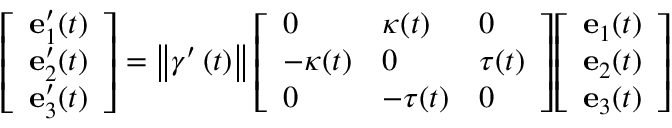
{ \left[ \begin{array} { l } { \mathbf { e } _ { 1 } ^ { \prime } ( t ) } \\ { \mathbf { e } _ { 2 } ^ { \prime } ( t ) } \\ { \mathbf { e } _ { 3 } ^ { \prime } ( t ) } \end{array} \right] } = \left\Vert \gamma ^ { \prime } \left( t \right) \right\Vert { \left[ \begin{array} { l l l } { 0 } & { \kappa ( t ) } & { 0 } \\ { - \kappa ( t ) } & { 0 } & { \tau ( t ) } \\ { 0 } & { - \tau ( t ) } & { 0 } \end{array} \right] } { \left[ \begin{array} { l } { \mathbf { e } _ { 1 } ( t ) } \\ { \mathbf { e } _ { 2 } ( t ) } \\ { \mathbf { e } _ { 3 } ( t ) } \end{array} \right] }